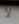
لا